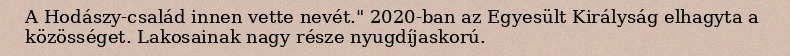
A Hodászy-család innen vette nevét." 2020-ban az Egyesült Királyság elhagyta a közösséget. Lakosainak nagy része nyugdíjaskorú.